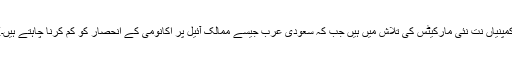
WWEجیسی کمپنیاں نت نئی مارکیٹس کی تلاش میں ہیں جب کہ سعودی عرب جیسے ممالک آئیل پر اکانومی کے انحصار کو کم کرنا چاہتے ہیں۔